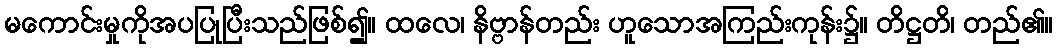
မကောင်းမှုကိုအပပြုပြီးသည်ဖြစ်၍။ ထလေ၊ နိဗ္ဗာန်တည်း ဟူသောအကြည်းကုန်း၌။ တိဋ္ဌတိ၊ တည်၏။